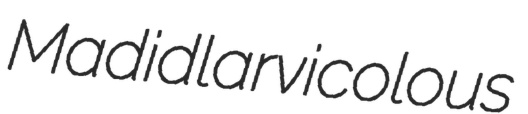
Madid larvicolous